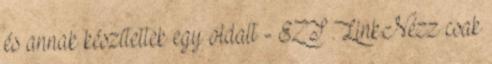
és annak készítettek egy oldalt - EZT .Link.Nézz csak